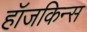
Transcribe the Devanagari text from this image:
हॉजकिन्स